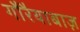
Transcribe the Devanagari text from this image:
गौरैयाबाज़